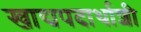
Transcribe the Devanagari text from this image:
खाद्यपदार्थाशी